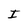
Character: I